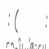
: (       :